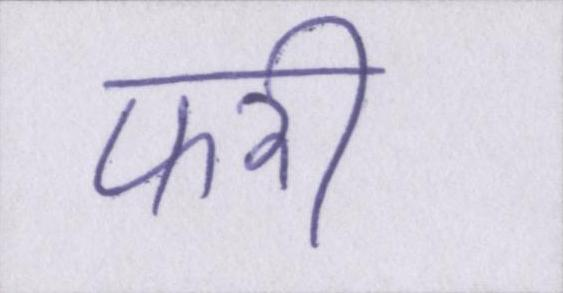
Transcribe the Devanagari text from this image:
फरी